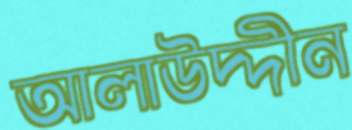
আলাউদ্দীন